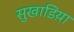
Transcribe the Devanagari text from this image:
सुखाडिय़ा